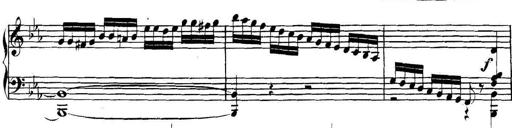
Title: Collected Piano Sonatas
Composer: Muzio Clementi